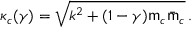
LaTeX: \kappa _ { c } ( \gamma ) = \sqrt { k ^ { 2 } + ( 1 - \gamma ) { \sf m } _ { c } \bar { \sf m } _ { c } } \, .